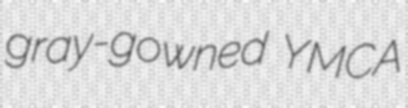
gray-gowned YMCA